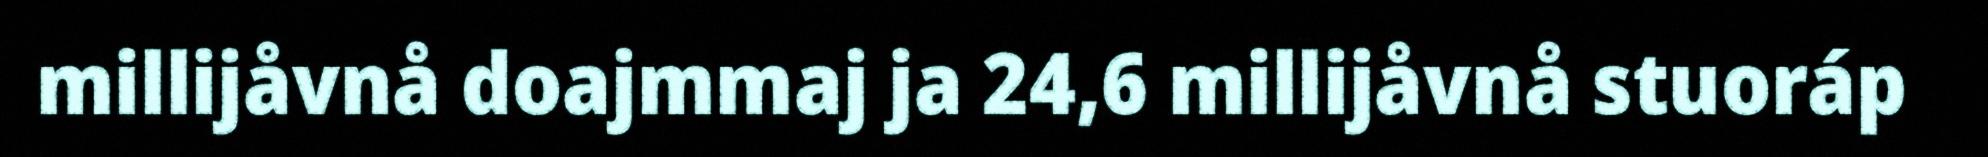
millijåvnå doajmmaj ja 24,6 millijåvnå stuoráp